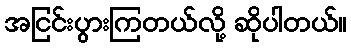
အငြင်းပွားကြတယ်လို့ ဆိုပါတယ်။